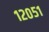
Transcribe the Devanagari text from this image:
१२०५१